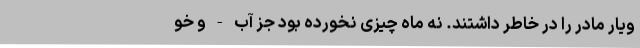
ویار مادر را در خاطر داشتند. نُه ماه چیزی نخورده بود جز آب - و خو